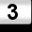
Digit: 3